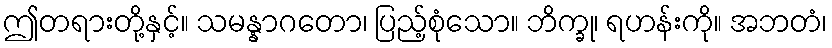
ဤတရားတို့နှင့်။ သမန္နာဂတော၊ ပြည့်စုံသော။ ဘိက္ခု၊ ရဟန်းကို။ အဘတံ၊